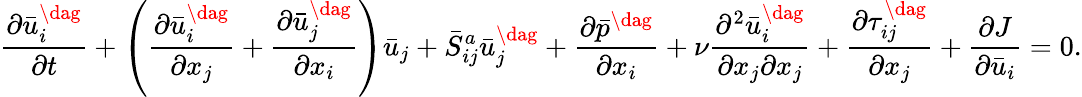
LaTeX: \frac{{\partial\bar{u}_{i}^{\dag}}}{{\partial t}}+\left({\frac{{\partial\bar{u}_{i}^{\dag}}}{{\partial{x_{j}}}}+\frac{{\partial\bar{u}_{j}^{\dag}}}{{\partial{x_{i}}}}}\right){{\bar{u}}_{j}}+\bar{S}_{ij}^{a}\bar{u}_{j}^{\dag}+\frac{{\partial{{\bar{p}}^{\dag}}}}{{\partial{x_{i}}}}+\nu\frac{{{\partial^{2}}\bar{u}_{i}^{\dag}}}{{\partial{x_{j}}\partial{x_{j}}}}+\frac{{\partial\tau_{ij}^{\dag}}}{{\partial{x_{j}}}}+\frac{{\partial J}}{{\partial{{\bar{u}}_{i}}}}=0.